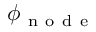
\phi _ { \mathrm { ~ n ~ o ~ d ~ e ~ } }